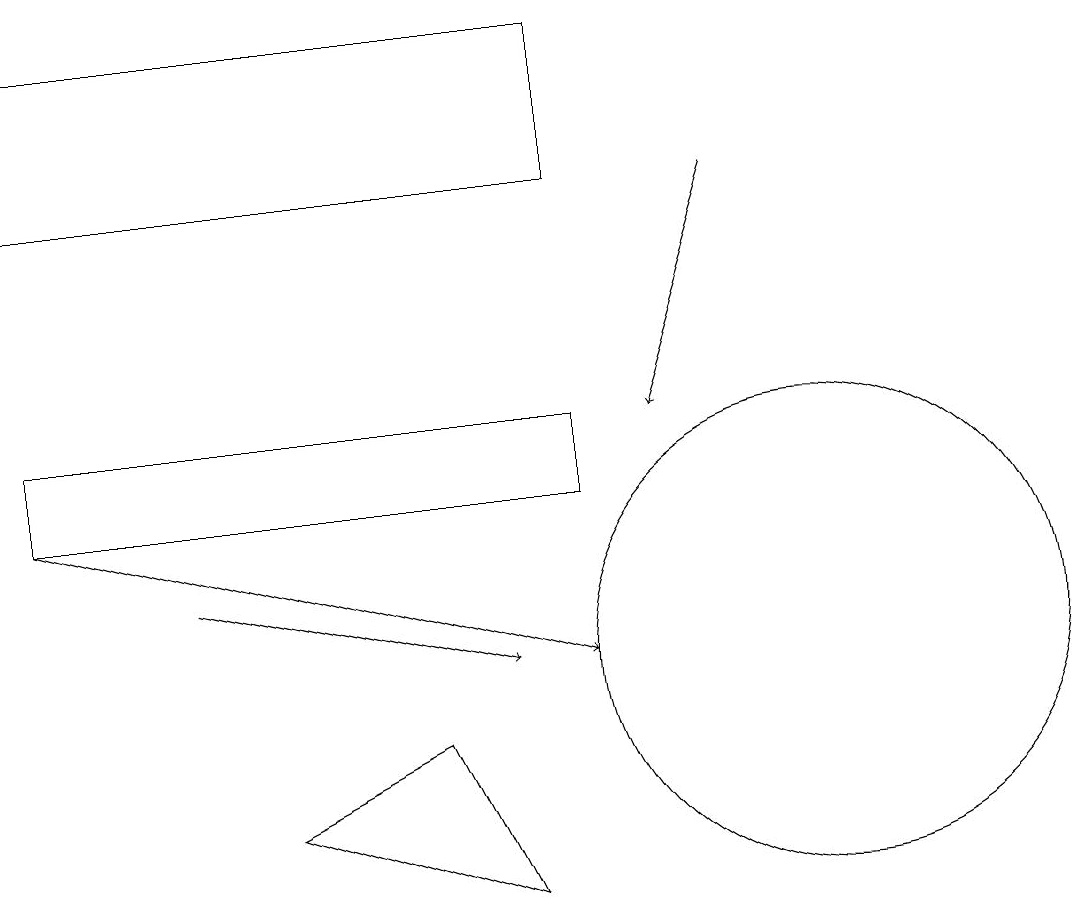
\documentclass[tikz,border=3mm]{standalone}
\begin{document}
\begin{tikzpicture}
\draw (10,10) circle (3);
\draw (0,18) rectangle (7,16);
\draw (6,7) -- (3,8) -- (5,9) -- cycle;
\draw[->] (2,11) -- (6,10);
\draw (7,13) rectangle (0,12);
\draw[->] (0,12) -- (7,10);
\draw[->] (9,16) -- (8,13);
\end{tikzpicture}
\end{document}